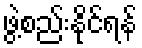
ဖွဲ့စည်းနိုင်ရန်